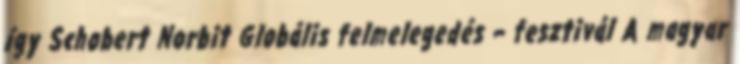
így Schobert Norbit Globális felmelegedés – fesztivál A magyar